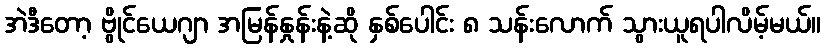
အဲဒီတော့ ဗွိုင်ယေဂျာ အမြန်နှုန်းနဲ့ဆို နှစ်ပေါင်း ၈ သန်းလောက် သွားယူရပါလိမ့်မယ်။